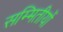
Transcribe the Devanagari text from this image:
सम्मितीयों